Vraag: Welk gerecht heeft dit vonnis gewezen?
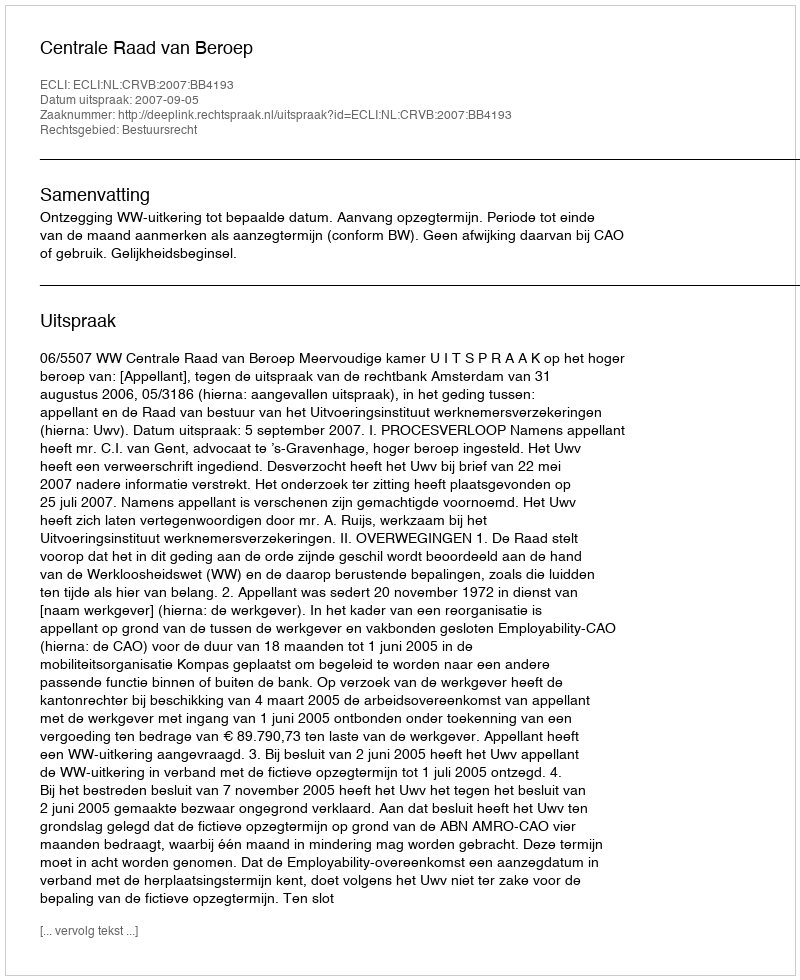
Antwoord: Centrale Raad van Beroep